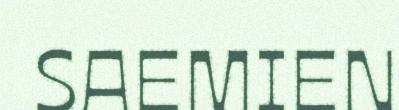
SAEMIEN